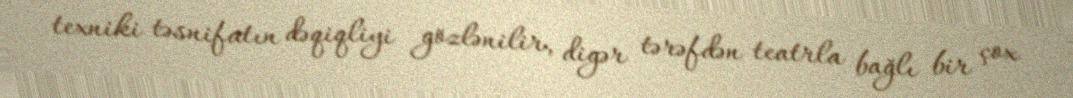
texniki təsnifatın dəqiqliyi gözlənilir, digər tərəfdən teatrla bağlı bir çox